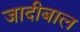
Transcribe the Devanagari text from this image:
जादीबाल